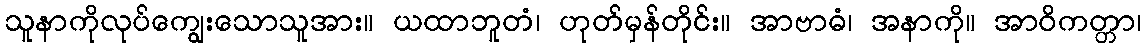
သူနာကိုလုပ်ကျွေးသောသူအား။ ယထာဘူတံ၊ ဟုတ်မှန်တိုင်း။ အာဗာဓံ၊ အနာကို။ အာဝိကတ္တာ၊